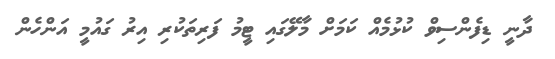
ދާނީ ޑިފެންސިވް ކުޅުމެއް ކަމަށް މާލޭގައި ޓީމު ފަރިތަކުރި އިރު ގައުމީ އަންހެން